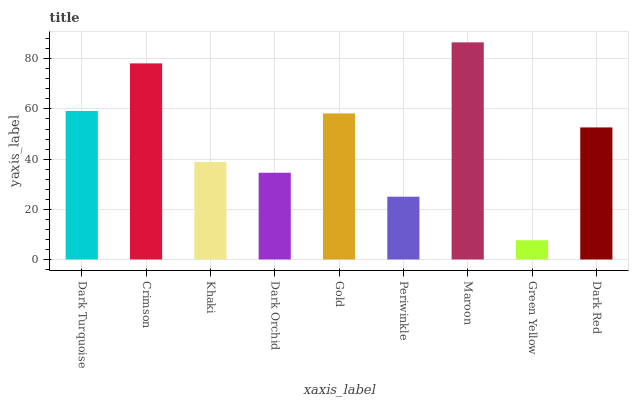
| xaxis_label | bars |
 | --- | --- |
 | Dark Turquoise | 59.2 |
 | Crimson | 78.2 |
 | Khaki | 38.8 |
 | Dark Orchid | 34.6 |
 | Gold | 58.2 |
 | Periwinkle | 25 |
 | Maroon | 86.6 |
 | Green Yellow | 7.66 |
 | Dark Red | 52.6 |